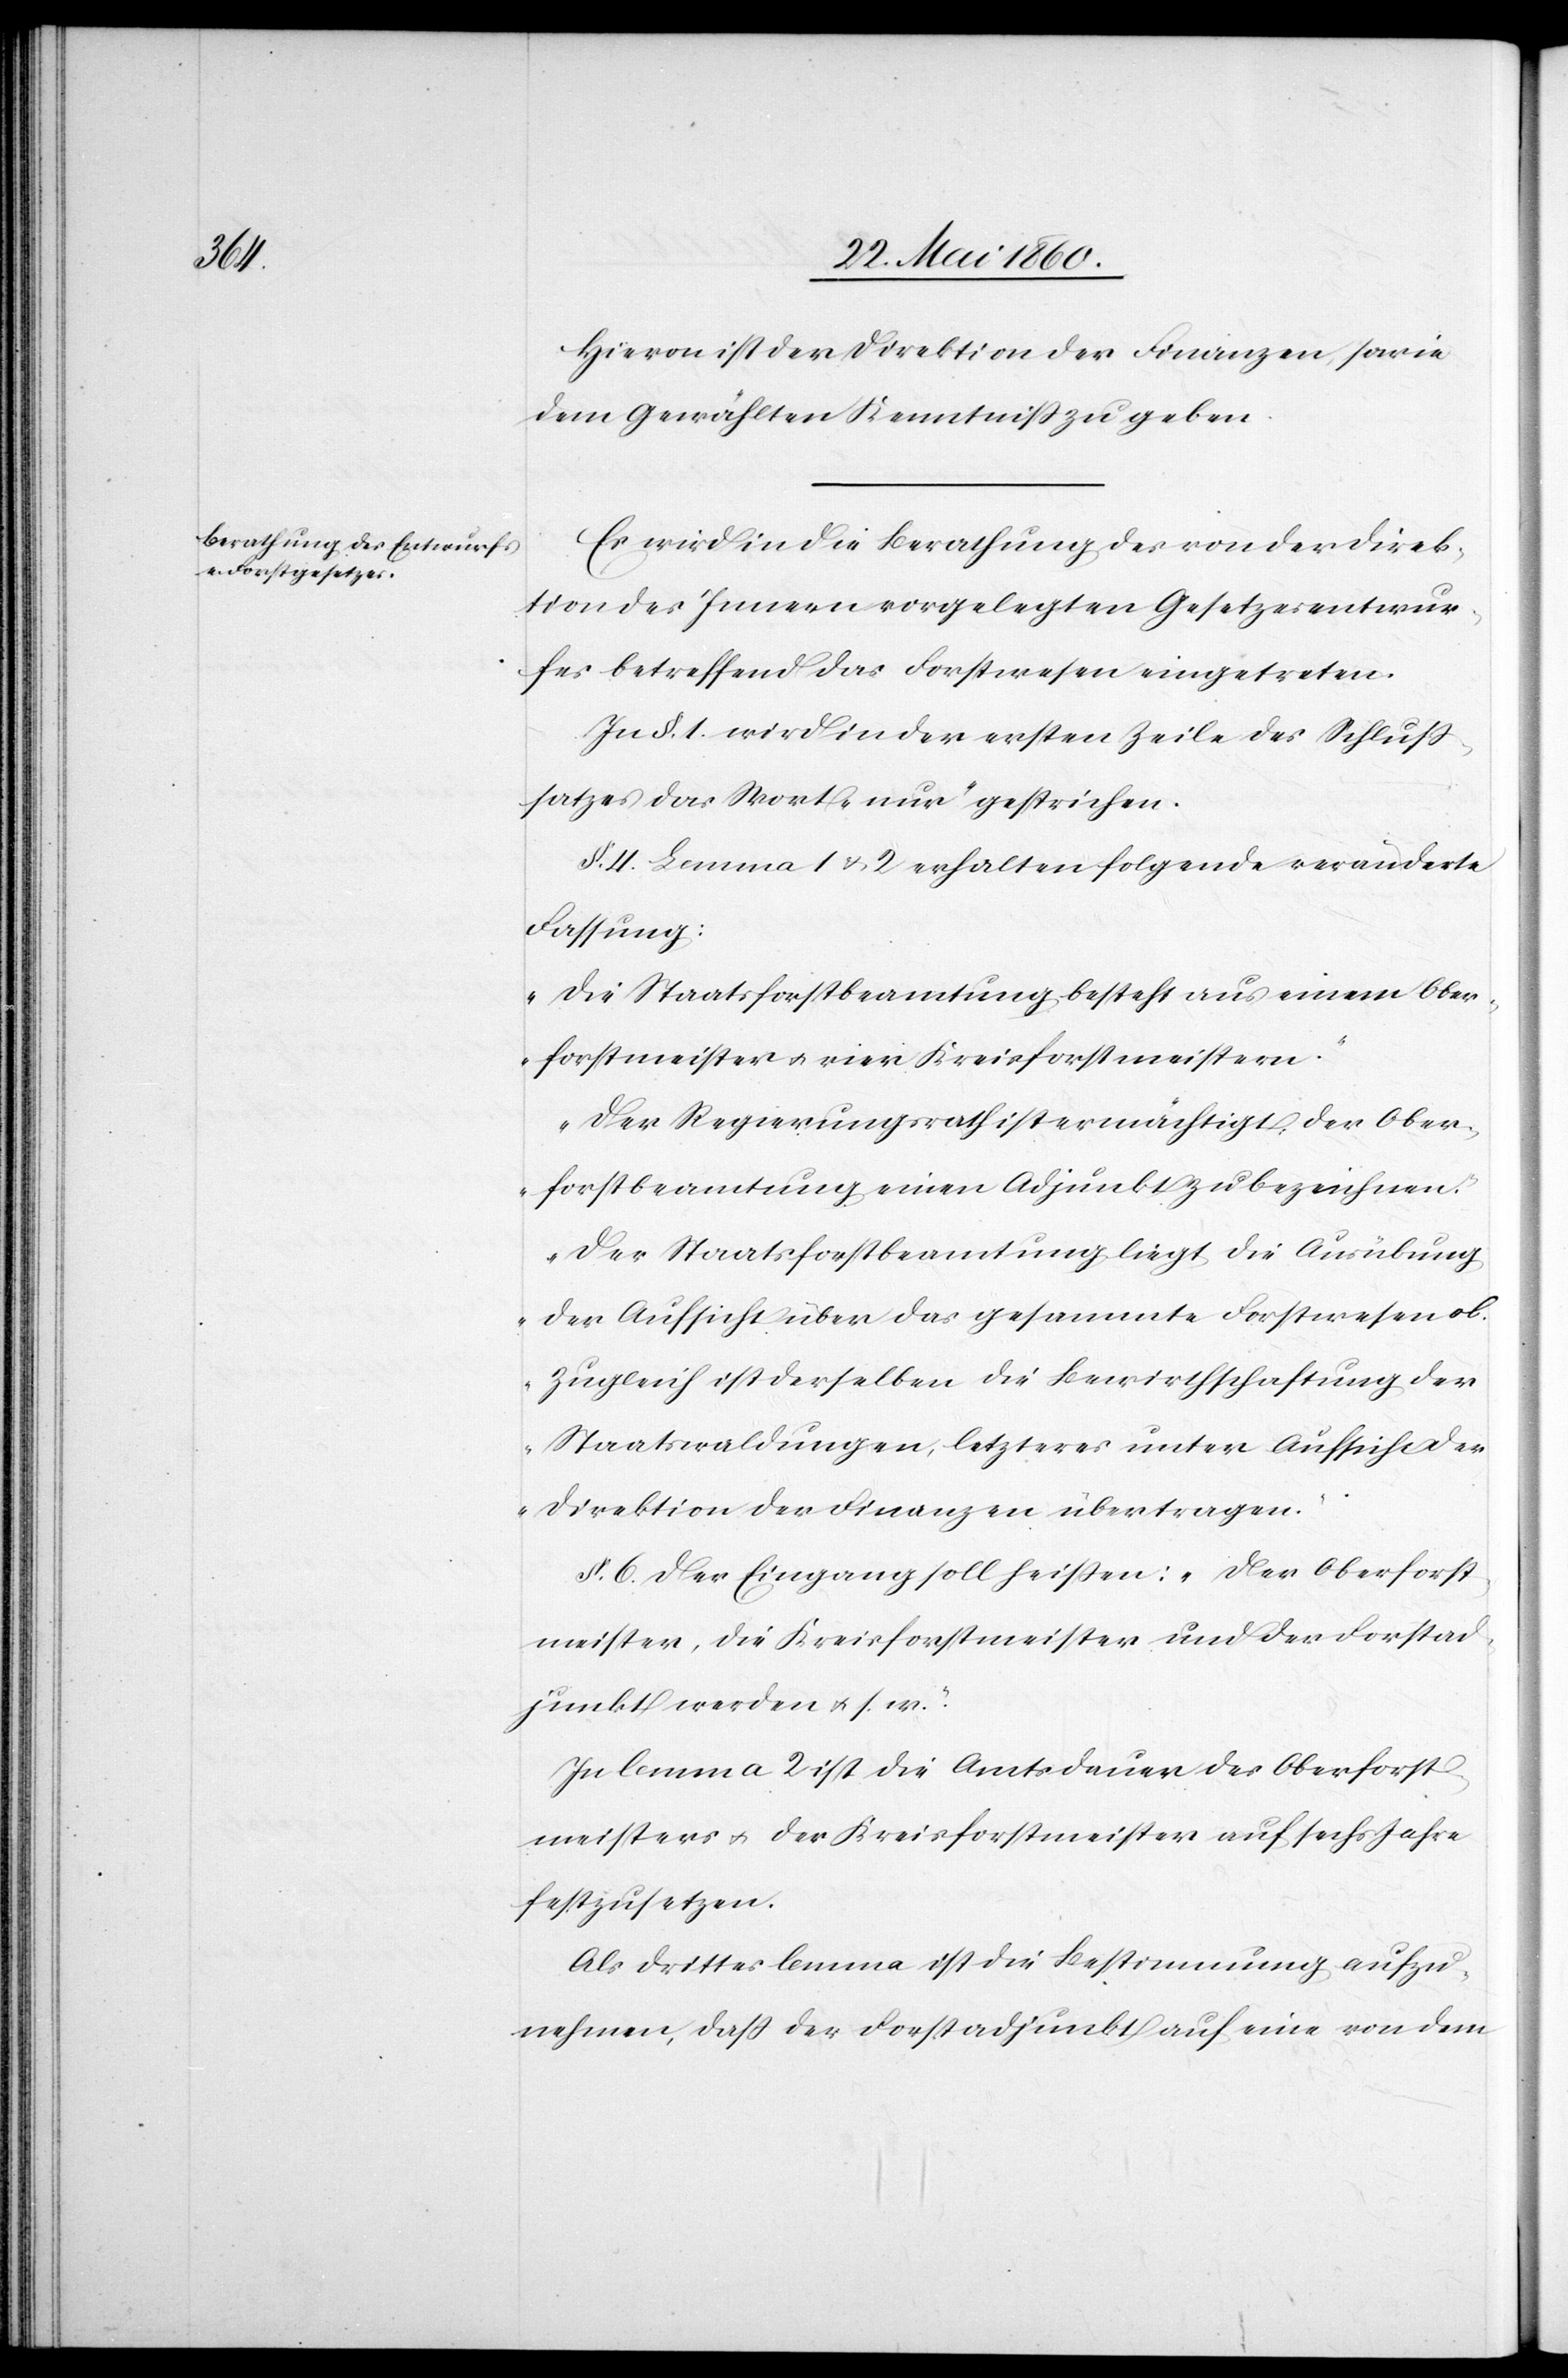
Hievon ist der Direktion der Finanzen, sowie
dem Gewählten Kenntniss zu geben.
Es wird in die Berathung des von der Direk¬
tion des Innern vorgelegten Gesetzesentwur¬
fes betreffend das Forstwesen eingetreten.
In §. 1. wird in der ersten Zeile des Schluss¬
satzes das Wort „nur“ gestrichen.
§. 4. Lemma 1 u. 2 erhalten folgende veränderte
Fassung:
„Die Staatsforstbeamtung besteht aus einem Ober¬
forstmeister u. vier Kreisforstmeistern.
Der Regierungsrath ist ermächtigt, der Ober¬
forstbeamtung einen Adjunkt zu bezeichnen.
Der Staatsforstbeamtung liegt die Ausübung
der Aufsicht über das gesammte Forstwesen ob.
Zugleich ist derselben die Bewirthschaftung der
Staatswaldungen, letzteres unter Aufsicht der
Direktion der Finanzen übertragen.“
§. 6. Der Eingang soll heißen: „Der Oberforst¬
meister, die Kreisforstmeister und der Forstad¬
junkt werden u. s. w.“
In lemma 2 ist die Amtsdauer des Oberforst¬
meisters u. des Kreisforstmeisters auf sechs Jahre
festzusetzen.
Als drittes lemma ist die Bestimmung aufzu¬
nehmen, dass der Forstadjunkt auf eine von dem